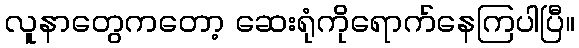
လူနာတွေကတော့ ဆေးရုံကိုရောက်နေကြပါပြီ။